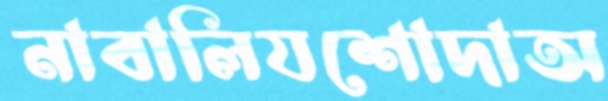
নাবালিযশোদাঅ